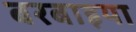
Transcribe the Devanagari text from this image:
बरबाइया